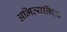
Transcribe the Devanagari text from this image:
अभिव्यक्तित्व